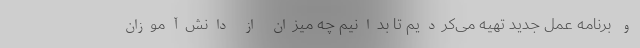
و برنامه عمل جدید تهیه می‌کردیم تا بدانیم چه میزان از دانش‌آموزان